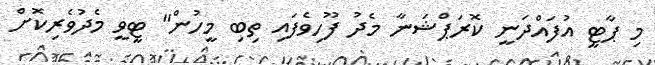
މި ޕާޓީ އުފައްދަނީ ކޮރަޕްޝަނާ މެދު ފޫހިވެފައި ތިބި މީހުން" ޓީވީ މެދުވެރިކޮށް